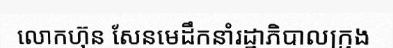
លោកហ៊ុន សែនមេដឹកនាំរដ្ឋាភិបាលក្រុង